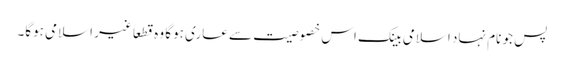
پس جو نام نہاد اسلامی بینک اس خصوصیت سے عاری ہوگا وہ قطعاً غیر اسلامی ہوگا۔